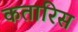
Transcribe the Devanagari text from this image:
कतारिस